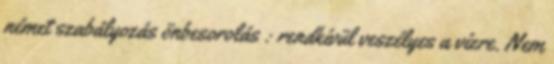
német szabályozás önbesorolás : rendkívül veszélyes a vízre. Nem